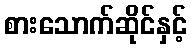
စားသောက်ဆိုင်နှင့်